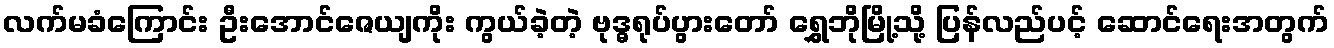
လက်မခံကြောင်း ဦးအောင်ဇေယျကိုး ကွယ်ခဲ့တဲ့ ဗုဒ္ဓရုပ်ပွားတော် ရွှေဘိုမြို့သို့ ပြန်လည်ပင့် ဆောင်ရေးအတွက်